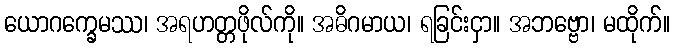
ယောဂက္ခေမဿ၊ အရဟတ္တဖိုလ်ကို။ အဓိဂမာယ၊ ရခြင်းငှာ။ အဘဗ္ဗော၊ မထိုက်။